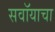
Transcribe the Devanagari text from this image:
सवॉयाचा